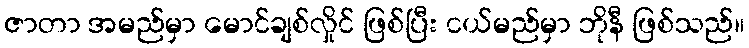
ဇာတာ အမည်မှာ မောင်ချစ်လှိုင် ဖြစ်ပြီး ငယ်မည်မှာ ဘိုနီ ဖြစ်သည်။